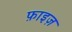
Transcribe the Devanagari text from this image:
फ़ाइज़